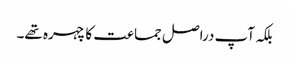
بلکہ آپ دراصل جماعت کا چہرہ تھے۔